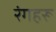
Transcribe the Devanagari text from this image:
रंगहरू